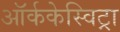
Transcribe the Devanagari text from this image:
ऑर्ककेस्विट्रा